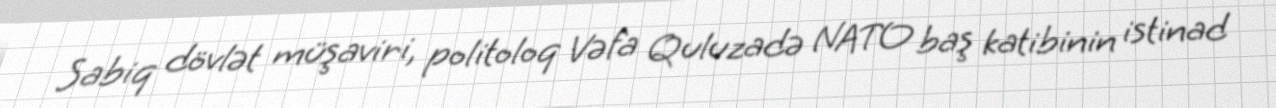
Sabiq dövlət müşaviri, politoloq Vəfa Quluzadə NATO baş katibinin istinad